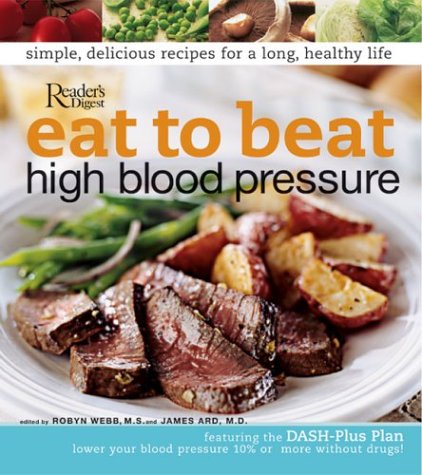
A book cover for Eat to Beat High Blood Pressure; Editors of Reader's Digest; Cookbooks, Food & Wine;